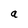
Character: a